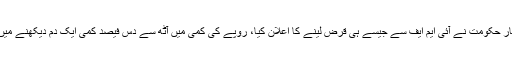
اس بار حکومت نے آئی ایم ایف سے جیسے ہی قرض لینے کا اعلان کیا، روپے کی کمی میں آٹھ سے دس فیصد کمی ایک دم دیکھنے میں آئی۔